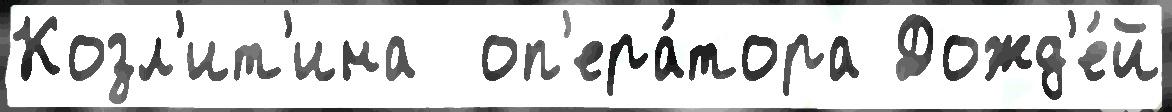
Козл'ит'ина  оп'ера́тора Дожд'е́й